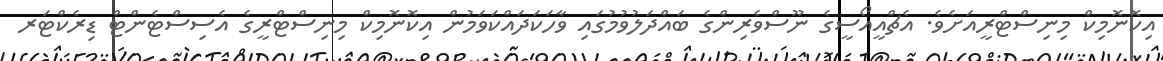
އިކޮނޮމިކް މިނިސްޓްރީއަށެވެ. އެޗްއީއޯސީގެ ނޫސްވެރިންގެ ބައްދަލުވުމުގައި ވާހަކަދައްކަވަމުން އިކޮނޮމިކް މިނިސްޓްރީގެ އެސިސްޓެންޓް ޑިރެކްޓަރ